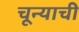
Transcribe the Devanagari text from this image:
चून्याची